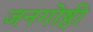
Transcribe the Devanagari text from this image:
जनगोष्ठी